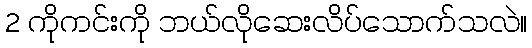
2 ကိုကင်းကို ဘယ်လိုဆေးလိပ်သောက်သလဲ။